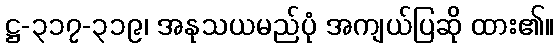
ဋ္ဌ-၃၁၇-၃၁၉၊ အနုသယမည်ပုံ အကျယ်ပြဆို ထား၏။